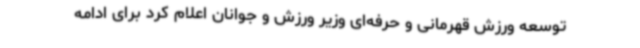
توسعه ورزش قهرمانی و حرفه‌ای وزیر ورزش و جوانان اعلام کرد برای ادامه